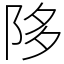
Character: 陊